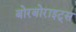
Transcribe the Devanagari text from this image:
बोरबोराइट्स